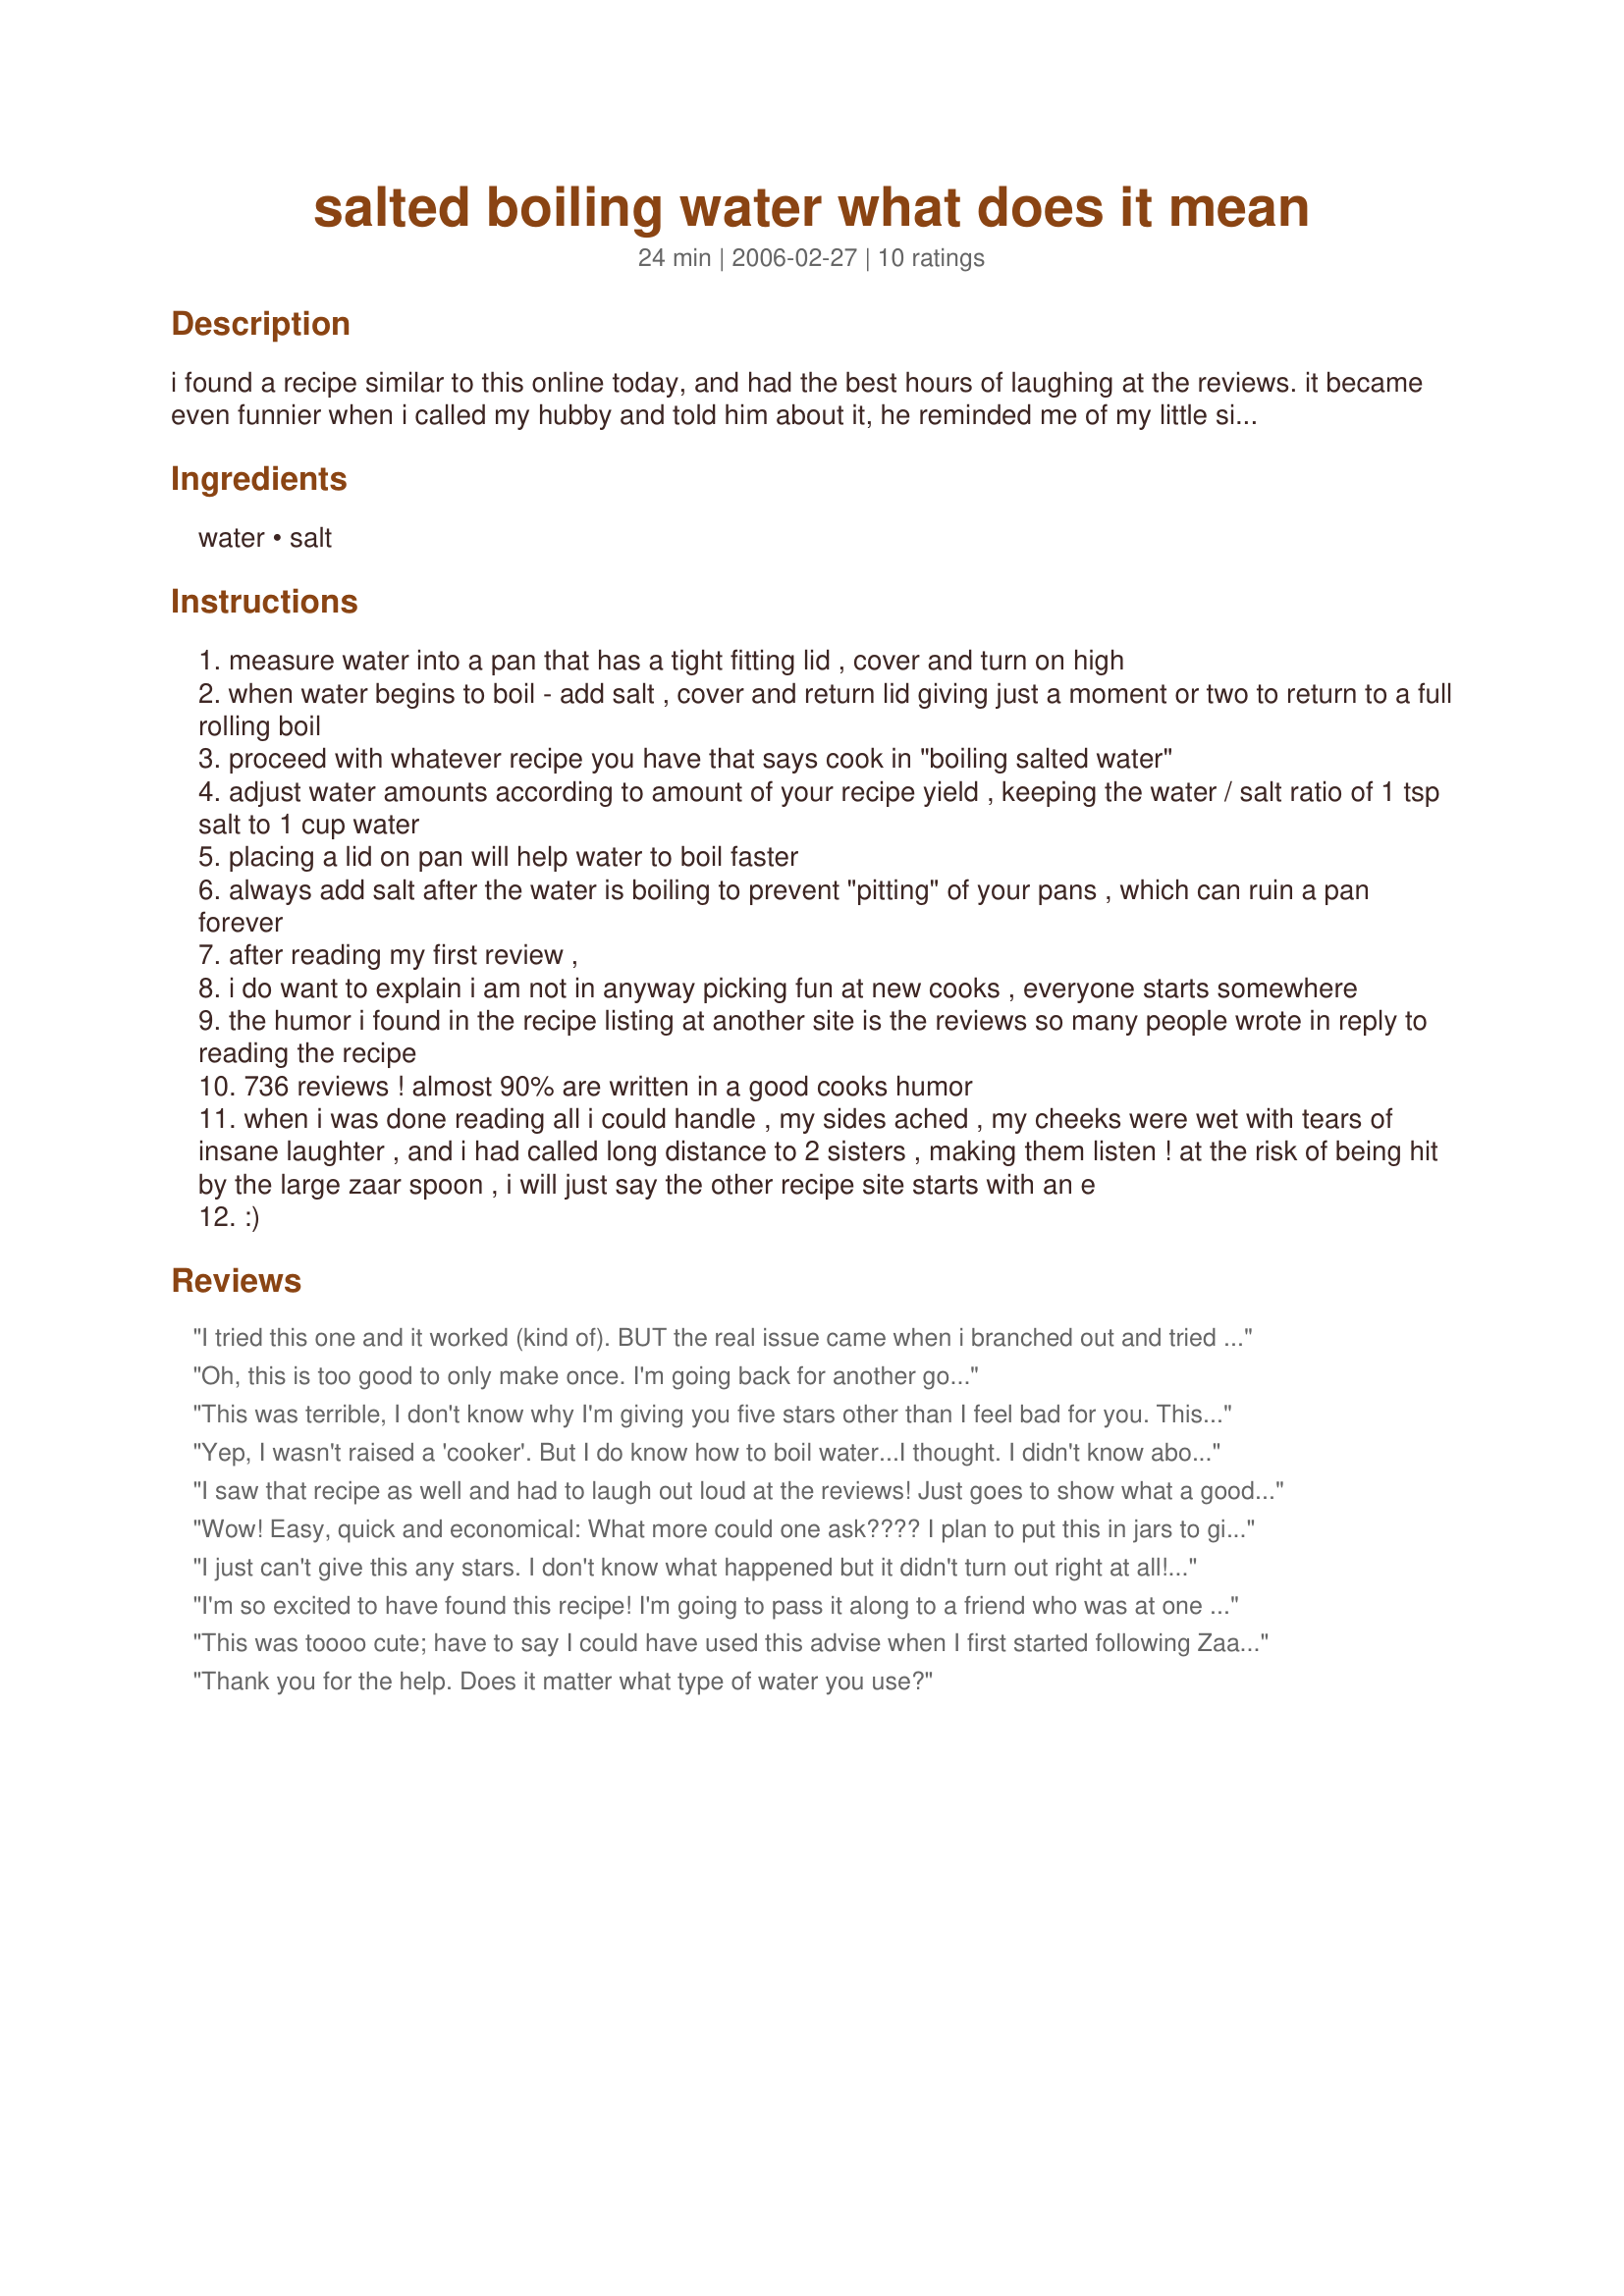
salted boiling water what does it mean
Preparation time: 24 minutes

i found a recipe similar to this online today, and had the best hours of laughing at the reviews. it became even funnier when i called my hubby and told him about it, he reminded me of my little sister's first official dinner cooked for her mother-in-law. (a great story i will included on my me page later.) my dh made me see a need in having this posted for new cooks, as not everyone grows up with a good teacher from the start, with that in mind, here is my improved version.

Ingredients:
water, salt

Steps:
measure water into a pan that has a tight fitting lid , cover and turn on high
when water begins to boil - add salt , cover and return lid giving just a moment or two to return to a full rolling boil
proceed with whatever recipe you have that says cook in "boiling salted water"
adjust water amounts according to amount of your recipe yield , keeping the water / salt ratio of 1 tsp salt to 1 cup water
placing a lid on pan will help water to boil faster
always add salt after the water is boiling to prevent "pitting" of your pans , which can ruin a pan forever
after reading my first review ,
i do want to explain i am not in anyway picking fun at new cooks , everyone starts somewhere
the humor i found in the recipe listing at another site is the reviews so many people wrote in reply to reading the recipe
736 reviews ! almost 90% are written in a good cooks humor
when i was done reading all i could handle , my sides ached , my cheeks were wet with tears of insane laughter , and i had called long distance to 2 sisters , making them listen ! at the risk of being hit by the large zaar spoon , i will just say the other recipe site starts with an e
:)

Reviews:
I tried this one and it worked (kind of). BUT the real issue came when i branched out and tried to combine this with another of my favorite recipes, the Ice you make in the trays. you should check that one out. Well, as it turns out even though these are both pretty similar ingredients (both are water based) they go horribly together. what resulted was a lukewarm, salty soup kind of thing. no bueno.
Oh, this is too good to only make once. I'm going back for another go...
This was terrible, I don't know why I'm giving you five stars other than I feel bad for you. This made terrible hissing sounds and I nearly burned myself taking the lid off, then when I finally got the lid off a mosquito flew over and got steamed to death. Why don't you just call this '"Dead Bug Soup"?! :)
Yep, I wasn't raised a 'cooker'. But I do know how to boil water...I thought. I didn't know about adding the salt in the boiled water. I've added before, during and after. Thanks for thinking this was hilarious, but typing in anyway. I will pass on to my daughter and son.
I saw that recipe as well and had to laugh out loud at the reviews! Just goes to show what a good sense of humor will do to lighten up your day! Thanks for reminding me of this, Lady.
Wow! Easy, quick and economical: What more could one ask???? I plan to put this in jars to give away to my many, many friends for Christmas this year. Thanks for a wonderful, authentic recipe!
I just can't give this any stars. I don't know what happened but it didn't turn out right at all! As soon as it came to a boil, the lid blew off, went right through my kitchen ceiling and landing on my bed. The heat of the lid started my bed on fire. I had all my tax receipts on my bed because I had been sorting through them. I had to call 911 and the firefighters marched right through my house with muddy boots on. My cats got out because they left the front door open and I haven't seen them since. It's going to take me days to clean up all the mess and the cost will be astronomical! I will never ever use a recipe that requires salted boiling water again. BEWARE!!!! This stuff can ruin your life! It should only be handled by professionals.
I'm so excited to have found this recipe! I'm going to pass it along to a friend who was at one point told to stir the boiling water so it wouldn't burn. :oD
This was toooo cute; have to say I could have used this advise when I first started following Zaar and my DH and family will attest to it. Thanks Lady for a reminder on where we all started at.
Thank you for the help. Does it matter what type of water you use?
